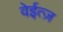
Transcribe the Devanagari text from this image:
वेईत्ज़